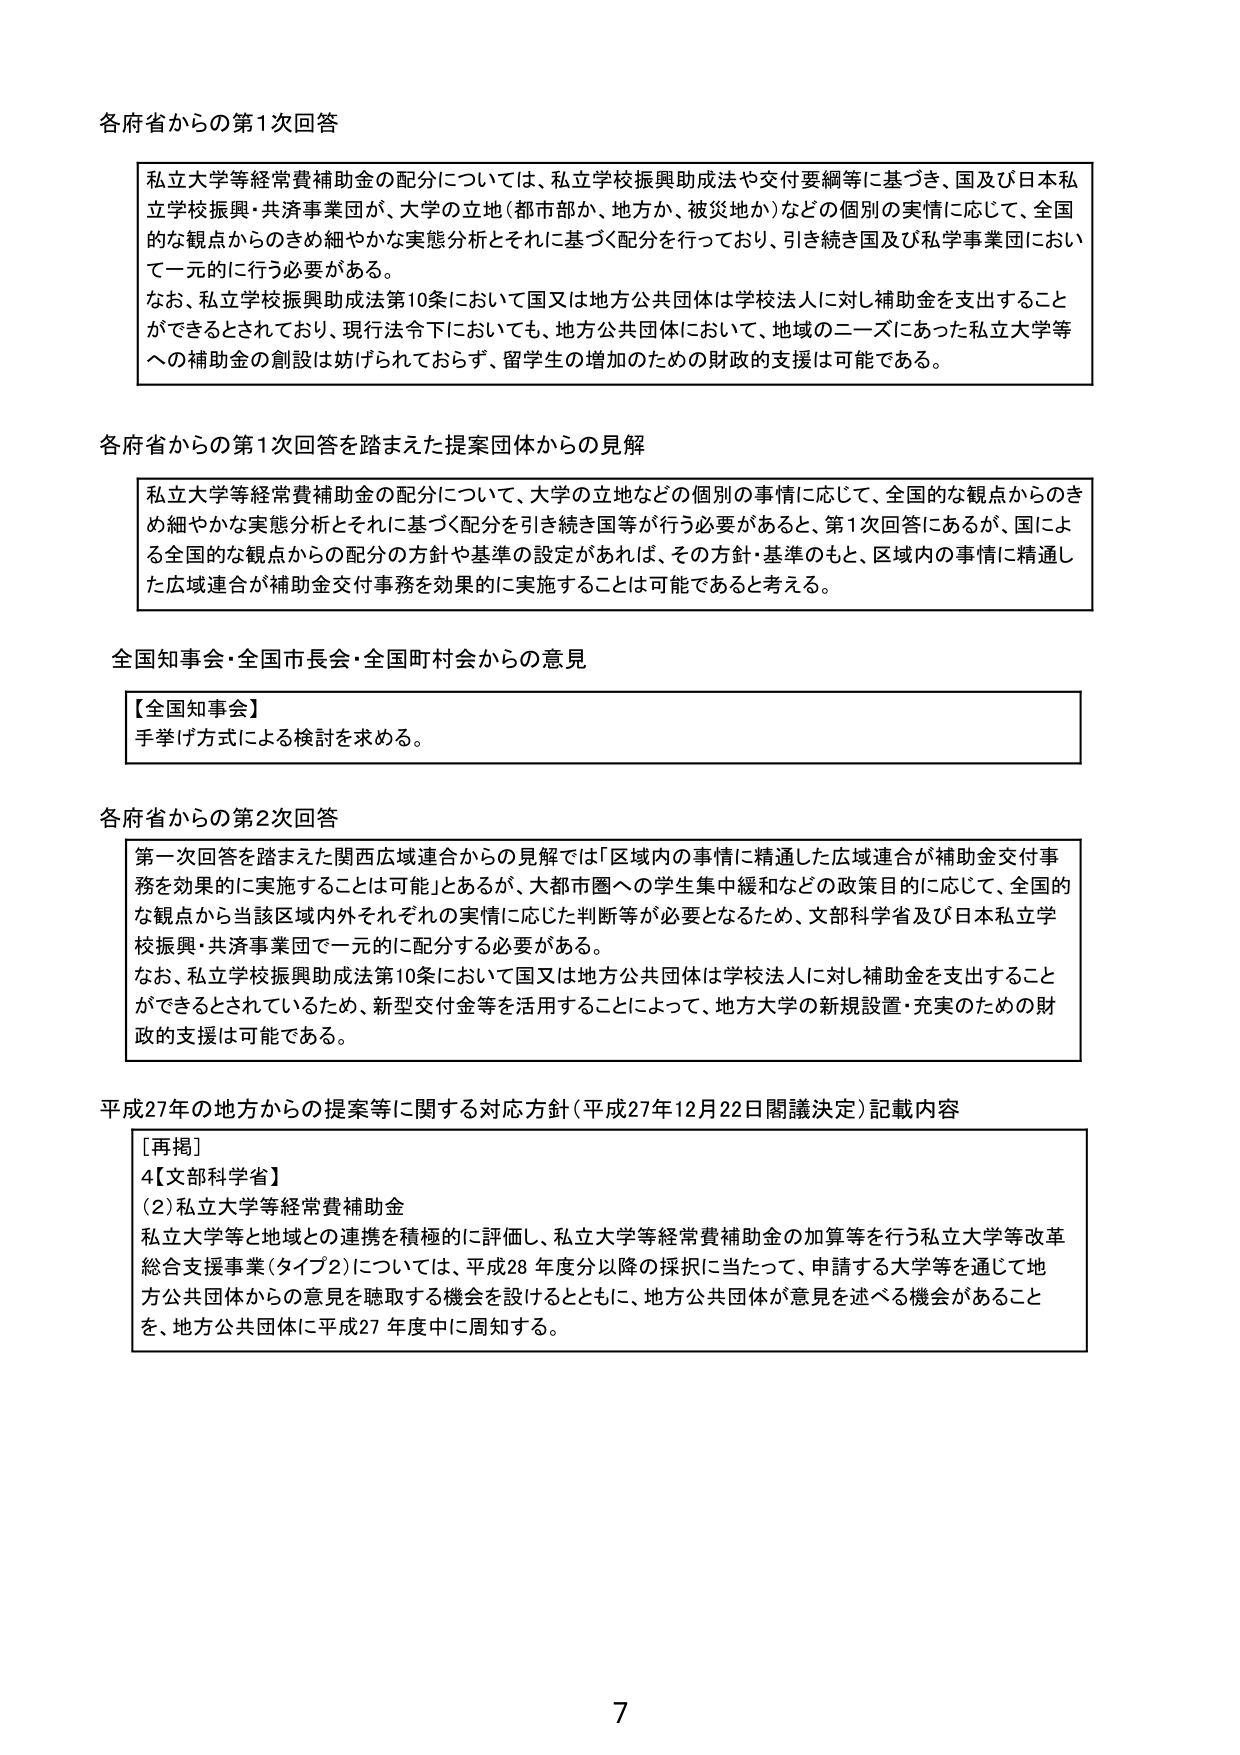
各府省からの第1次回答

私立大学等経常費補助金の配分については、私立学校振興助成法や交付要綱等に基づき、国及び日本私立学校振興・共済事業団が、大学の立地（都市部か、地方か、被災地か）などの個別の実情に応じて、全国的な観点からのきめ細やかな実態分析とそれに基づく配分を行っており、引き続き国及び私学事業団において一元的に行う必要がある。
なお、私立学校振興助成法第10条において国又は地方公共団体は学校法人に対し補助金を支出することができるとしており、現行法令下においても、地方公共団体において、地域のニーズにあった私立大学等への補助金の創設は妨げられておらず、留学生の増加のための財政的支援は可能である。

各府省からの第1次回答を踏まえた提案団体からの見解

私立大学等経常費補助金の配分について、大学の立地などの個別の事情に応じて、全国的な観点からのきめ細やかな実態分析とそれに基づく配分を引き続き国等が行う必要があると、第1次回答にあるが、国による全国的な観点からの配分の方針や基準の設定があれば、その方針・基準のもと、区域内の事情に精通した広域連合が補助金交付事務を効果的に実施することは可能であると考える。

全国知事会・全国市長会・全国町村会からの意見

【全国知事会】
手挙げ方式による検討を求める。

各府省からの第2次回答

第一次回答を踏まえた関西広域連合からの見解では「区域内の事情に精通した広域連合が補助金交付事務を効果的に実施することは可能」とあるが、大都市圏への学生集中緩和などの政策目的に応じて、全国的な観点から当該区域内外それぞれの実情に応じた判断等が必要となるため、文部科学省及び日本私立学校振興・共済事業団で一元的に配分する必要がある。
なお、私立学校振興助成法第10条において国又は地方公共団体は学校法人に対し補助金を支出することができるとしているため、新型交付金等を活用することによって、地方大学の新規設置・充実のための財政的支援は可能である。

平成27年の地方からの提案等に関する対応方針（平成27年12月22日閣議決定）記載内容

［再掲］
4【文部科学省】
（2）私立大学等経常費補助金
私立大学等と地域との連携を積極的に評価し、私立大学等経常費補助金の加算等を行う私立大学等改革総合支援事業（タイプ2）については、平成28年度分以降の採択に当たって、申請する大学等を通じて地方公共団体からの意見を聴取する機会を設けるとともに、地方公共団体が意見を述べる機会があることを、地方公共団体に平成27年度中に周知する。

7